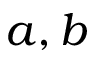
a , b